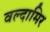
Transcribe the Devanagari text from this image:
वल्दामिर